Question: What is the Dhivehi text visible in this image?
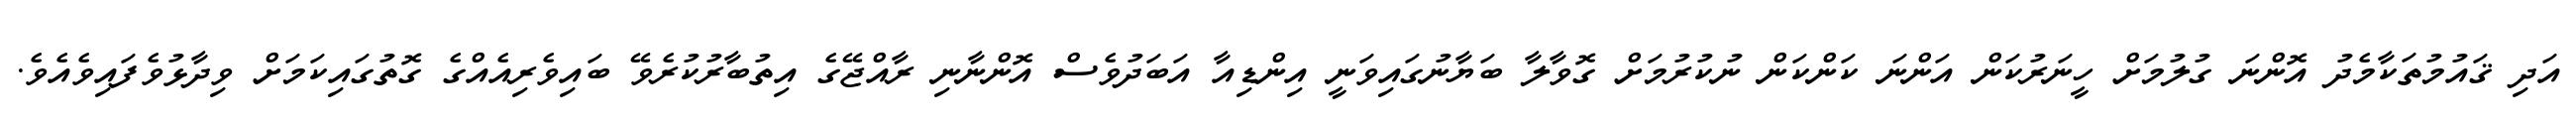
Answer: އަދި ޤައުމުތަކާމެދު އޮންނަ ގުލުމަށް ހީނަރުކަން އަންނަ ކަންކަން ނުކުރުމަށް ގޮވާލާ ބަޔާނުގައިވަނީ އިންޑިއާ އަބަދުވެސް އޮންނާނި ރާއްޖޭގެ އިތުބާރުކުރެވޭ ބައިވެރިއެއްގެ ގޮތުގައިކަމަށް ވިދާޅުވެފައިވެއެވެ.